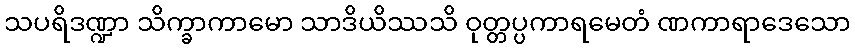
သပရိဒဏ္ဍာ သိက္ခာကာမော သာဒိယိဿသိ ဝုတ္တပ္ပကာရမေတံ ဏကာရာဒေသော